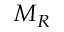
M _ { R }